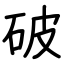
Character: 破